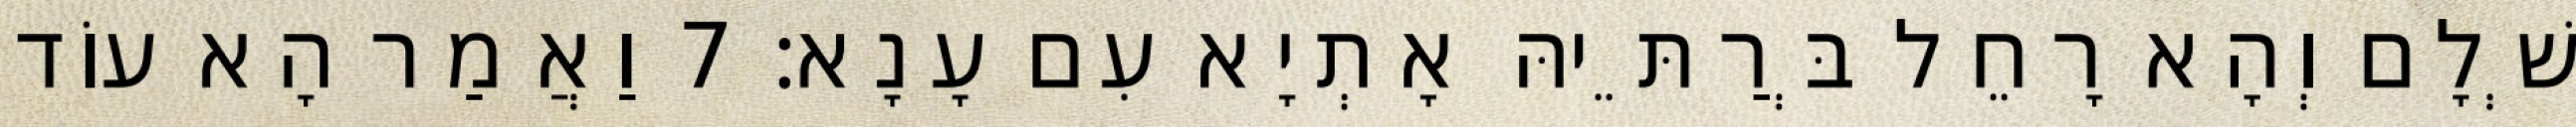
שְׁלָם וְהָא רָחֵל בְּרַתֵּיהּ אָתְיָא עִם עָנָא׃ 7 וַאֲמַר הָא עוֹד